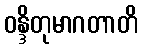
ဝန္ဒိတုမာဂတာတိ